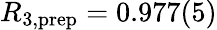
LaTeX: R_{3,\mathrm{prep}}=0.977(5)